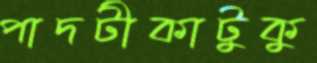
পাদটীকাটুকু